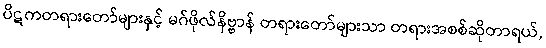
ပိဋကတရားတော်များနှင့် မဂ်ဖိုလ်နိဗ္ဗာန် တရားတော်များသာ တရားအစစ်ဆိုတာရယ်,